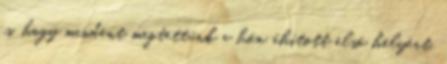
is, hogy mindent megtettünk a hőn áhított első helyért.